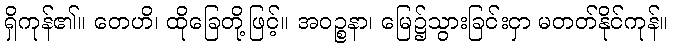
ရှိကုန်၏။ တေဟိ၊ ထိုခြေတို့ဖြင့်။ အဝဉ္စနာ၊ မြေ၌သွားခြင်းငှာ မတတ်နိုင်ကုန်။